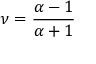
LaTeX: \nu = \frac { \alpha - 1 } { \alpha + 1 }